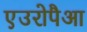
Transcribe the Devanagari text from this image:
एउरोपैआ